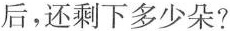
后，还剩下多少朵?